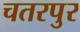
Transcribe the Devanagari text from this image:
चतरपुर